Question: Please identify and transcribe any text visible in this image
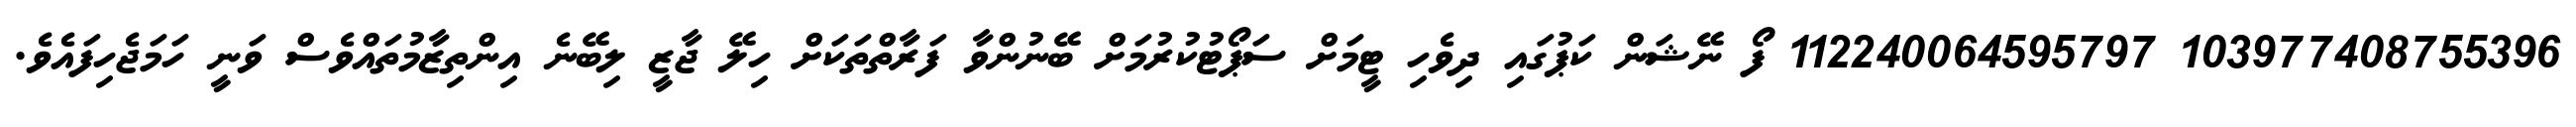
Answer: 103977408755396 112240064595797 ފޯ ނޭޝަން ކަޕުގައި ދިވެހި ޓީމަށް ސަޕޯޓުކުރުމަށް ބޭނުންވާ ފަރާތްތަކަށް ހިލޭ ޖާޒީ ލިބޭނެ އިންތިޒާމުތައްވެސް ވަނީ ހަމަޖެހިފައެވެ.